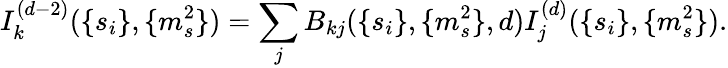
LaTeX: I_{k}^{(d-2)}(\{ s_{i}\} ,\{ m_{s}^{2}\} )=\sum_{j}B_{kj}(\{ s_{i}\} ,\{ m_{s}^{2}\} ,d)I_{j}^{(d)}(\{ s_{i}\} ,\{ m_{s}^{2}\} ).